Epidemic dropsy in Calcutta - Number 45
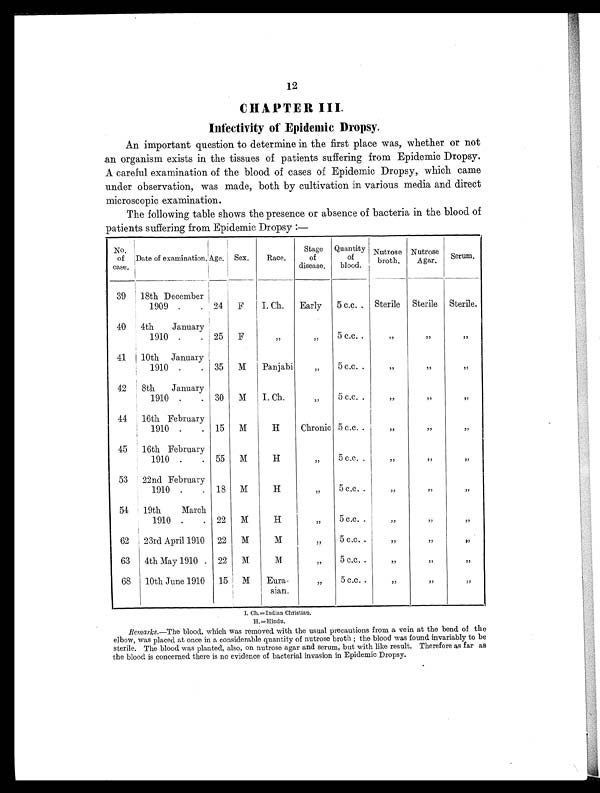
12
CHAPTER III.
Infectivity of Epidemic Dropsy.
An important question to determine in the first place was, whether or not
an organism exists in the tissues of patients suffering from Epidemic Dropsy.
A careful examination of the blood of cases of Epidemic Dropsy, which came
under observation, was made, both by cultivation in various media and direct
microscopic examination.
The following table shows the presence or absence of bacteria in the blood of
patients suffering from Epidemic Dropsy :—
No.
of
case.
Date of examination. Age.
Sex.
Race.
Stage
of
disease.
Quantity
of
blood.
Nutrose
broth.
Nutrose
Agar.
Serum.
39
18th December
1909 .
. 24
F
I. Ch.
Early
5 c.c. . Sterile Sterile Sterile.
40
4th January
1910 .
. 25
F
„
„ 5 c.c. .
„
„
„
41
10th January
1910 .
. 35
M
Panjabi
„
5 c.c. .
„
„
„
42
8th January
1910 .
. 30
M
I. Ch.
„
5 c.c. .
„
„
„
44
16th February
1910 .
. 15
M
H
Chronic 5 c.c. .
„
„
„
45
16th February
1910 .
. 55
M
H
„
5 c.c. .
„
„
„
53
22nd February
1910 .
. 18
M
H
„
5 c.c. .
„
„
„
54
19th March
1910 .
. 22
M
H
„
5 c.c. .
„
„
„
62
23rd April 1910 22
M
M
„
5 c.c. .
„
„
„
63
4th May 1910 . 22
M
M
„
5 c.c. .
„
„
„
68
10th June 1910
15
M
Eura-
sign.
„
5 c.c. .
„
„
„
I. Ch.=Indian Christian.
H.=Hindu.
Remarks. —The blood, which was removed with the usual precautions from a vein at the bend of the
elbow, was placed at once in a considerable quantity of nutrose broth ; the blood was found invariably to be
sterile. The blood was planted, also, on nutrose agar and serum, but with like result. Therefore as far as
t h e b l o o d i s c o n c e r n e d t h e r e i s n o e v i d e n c eo
f
b a c t e r i a l i n v a s i o n i n
E p i d e m i c D r o p s y .